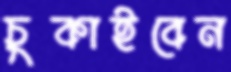
চুকাইবেন